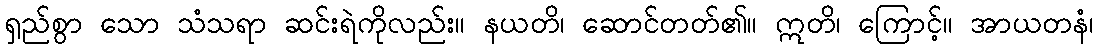
ရှည်စွာ သော သံသရာ ဆင်းရဲကိုလည်း။ နယတိ၊ ဆောင်တတ်၏။ ဣတိ၊ ကြောင့်။ အာယတနံ၊